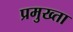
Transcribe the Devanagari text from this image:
प्रमुख्ता